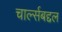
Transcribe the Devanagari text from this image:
चार्ल्सबद्दल